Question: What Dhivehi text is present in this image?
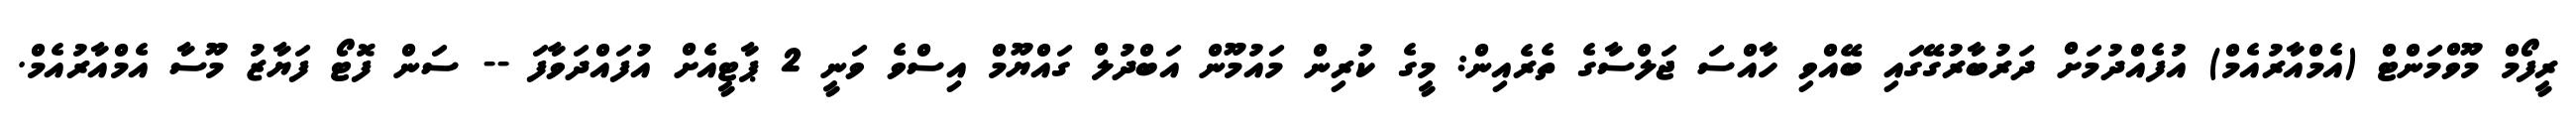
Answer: ރީފޯމް މޫވްމަންޓް (އެމްއާރުއެމް) އުފެއްދުމަށް ދަރުބާރުގޭގައި ބޭއްވި ހާއްސަ ޖަލްސާގެ ތެރެއިން: މީގެ ކުރިން މައުމޫން އަބްދުލް ގައްޔޫމް އިސްވެ ވަނީ 2 ޕާޓީއެށް އުފައްދަވާފަ -- ސަން ފޮޓޯ ފަޔާޒު މޫސާ އެމްއާރުއެމް.